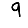
Digit: 9